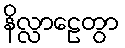
နိလ္လာဠေတွာ